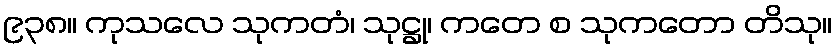
၉၃၈။ ကုသလေ သုကတံ၊ သုဋ္ဌု၊ ကတေ စ သုကတော တိသု။